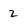
Character: 2